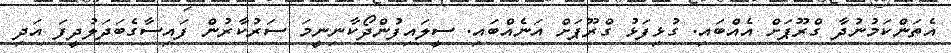
އެތަންކަމުނުދާ ގްރޫޕަށް އެއްބައި. ގުޅިފަޅު ގްރޫޕަށް އަނެއްބައި. ސީލައިފުންދޯކާނިނީމަ ސަރުކާރުން ފައިސާގެބަދަލުދީފަ އަދި